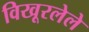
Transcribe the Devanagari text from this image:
विखूरलेले